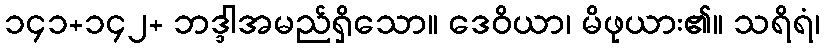
၁၄၁+၁၄၂+ ဘဒ္ဒါအမည်ရှိသော။ ဒေဝိယာ၊ မိဖုယား၏။ သရိရံ၊